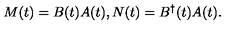
M ( t ) = B ( t ) A ( t ) , N ( t ) = B ^ { \dag } ( t ) A ( t ) .